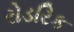
રોડરિક